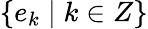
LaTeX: \{ e_{k}\mid k\in Z\}